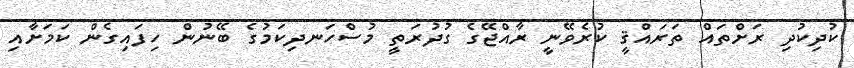
ކުދިކުދި ރަށްތައް ތަރައްޤީ ކުރެވޭނީ ރާއްޖޭގެ ގުދުރަތީ މުސްހަނދިކަމުގެ ބޭނުން ހިފައިގެން ކަމަށާއި